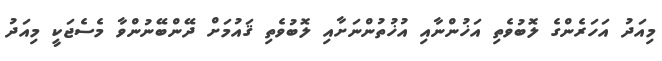
މިއަދު އަހަރެންގެ ލޮބުވެތި އަޚުންނާއި އުޚުތުންނަށާއި ލޮބުވެތި ޤައުމަށް ދޭންބޭނުންވާ މެސެޖަކީ މިއަދު